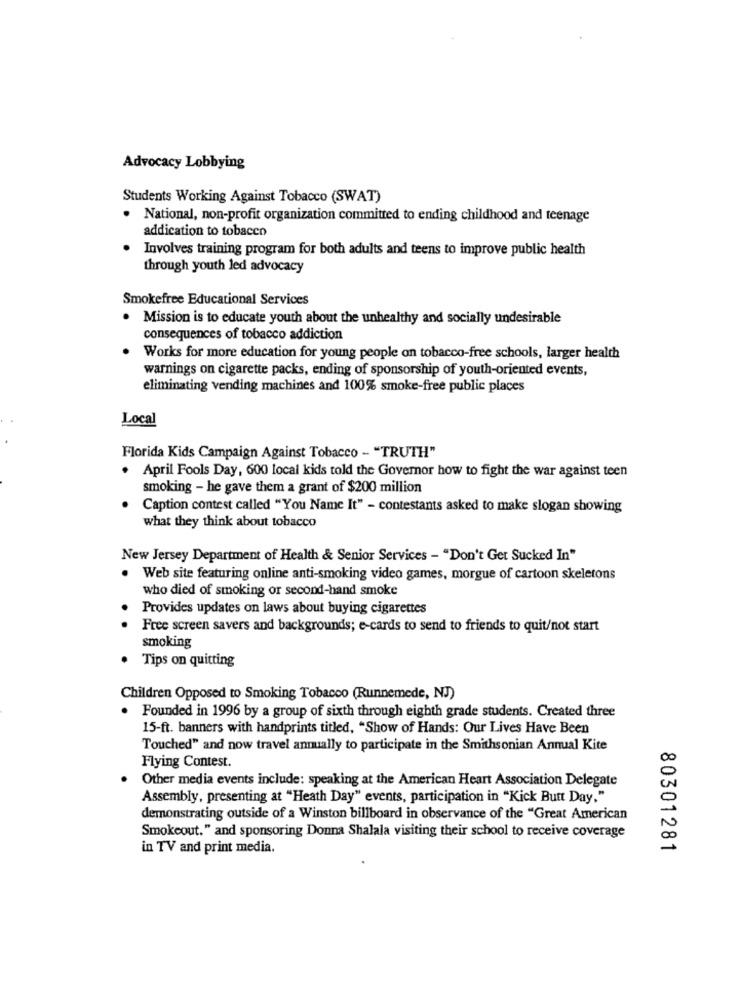
Advocacy Lobbying
Students Working Against Tobacco (SWAT)
National, non-profit organization committed to ending childhood and teenage
addication to tobacco
Involves training program for both adults and teens to improve public health
through youth led advocacy
Smokefree Educational Services
. Mission is to educate youth about the unhealthy and socially undesirable
consequences of tobacco addiction
Works for more education for young people on tobacco-free schools, larger health
warnings on cigarette packs, ending of sponsorship of youth-oriented events,
eliminating vending machines and 100% smoke-free public places
Local
Florida Kids Campaign Against Tobacco - "TRUTH"
April Fools Day, 600 local kids told the Governor how to fight the war against teen
smoking - he gave them a grant of $200 million
Caption contest called "You Name It" - contestants asked to make slogan showing
what they think about tobacco
New Jersey Department of Health & Senior Services - "Don't Get Sucked In"
· Web site featuring online anti-smoking video games, morgue of cartoon skeletons
who died of smoking or second-hand smoke
Provides updates on laws about buying cigarettes
Free screen savers and backgrounds; e-cards to send to friends to quit/not start
smoking
. Tips on quitting
Children Opposed to Smoking Tobacco (Runnemede, NJ)
Founded in 1996 by a group of sixth through eighth grade students. Created three
15-ft. banners with handprints titled, "Show of Hands: Our Lives Have Been
Touched" and now travel annually to participate in the Smithsonian Annual Kite
Flying Contest.
Other media events include: speaking at the American Heart Association Delegate
Assembly, presenting at "Heath Day" events, participation in "Kick Butt Day."
demonstrating outside of a Winston billboard in observance of the "Great American
Smokeout." and sponsoring Donna Shalala visiting their school to receive coverage
in TV and print media.
80301281